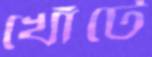
খোঁটে